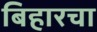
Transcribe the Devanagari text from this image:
बिहारचा